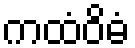
ကထံဝိဓံ